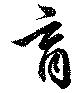
育